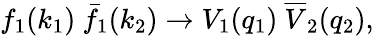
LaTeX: f_{1}(k_{1})\ \bar{f}_{1}(k_{2})\to V_{1}(q_{1})\ \overline{{V}}_{2}(q_{2}),